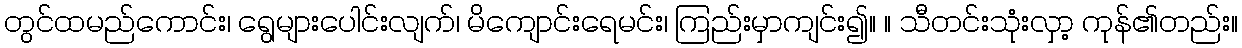
တွင်ထမည်ကောင်း၊ ရွေများပေါင်းလျက်၊ မိကျောင်းရေမင်း၊ ကြည်းမှာကျင်း၍။ ။ သီတင်းသုံးလှာ့ ကုန်၏တည်း။